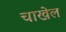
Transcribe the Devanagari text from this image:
चाखेल